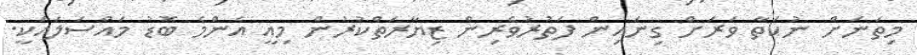
މިތަނަށް ނުކަތާ ވަރަށް ގިނައިން ފަތުރުވެރިން ޒިޔާރަތްކުރުން މިއީ އެންމެ ބޮޑު މައްސަލައަކީ.